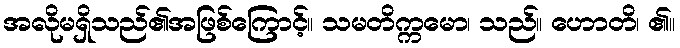
အလိုမရှိသည်၏အဖြစ်ကြောင့်။ သမတိက္ကမော၊ သည်။ ဟောတိ၊ ၏။